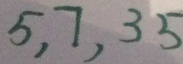
5 , 7 , 3 5